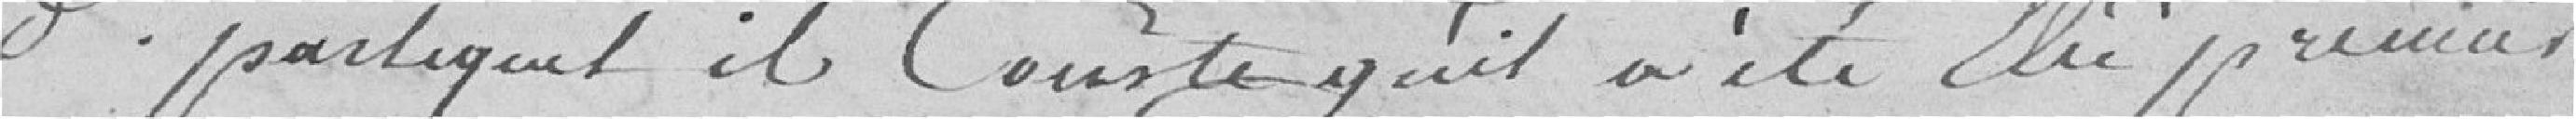
dernier par lequel il constate qu'il a été élu premier